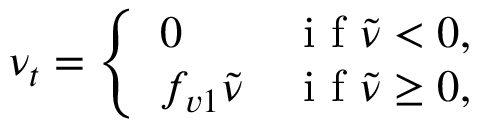
\nu _ { t } = \left\{ \begin{array} { l l } { 0 } & { \mathrm { ~ i ~ f ~ } \tilde { \nu } < 0 , } \\ { f _ { v 1 } \tilde { \nu } } & { \mathrm { ~ i ~ f ~ } \tilde { \nu } \geq 0 , } \end{array} \right.